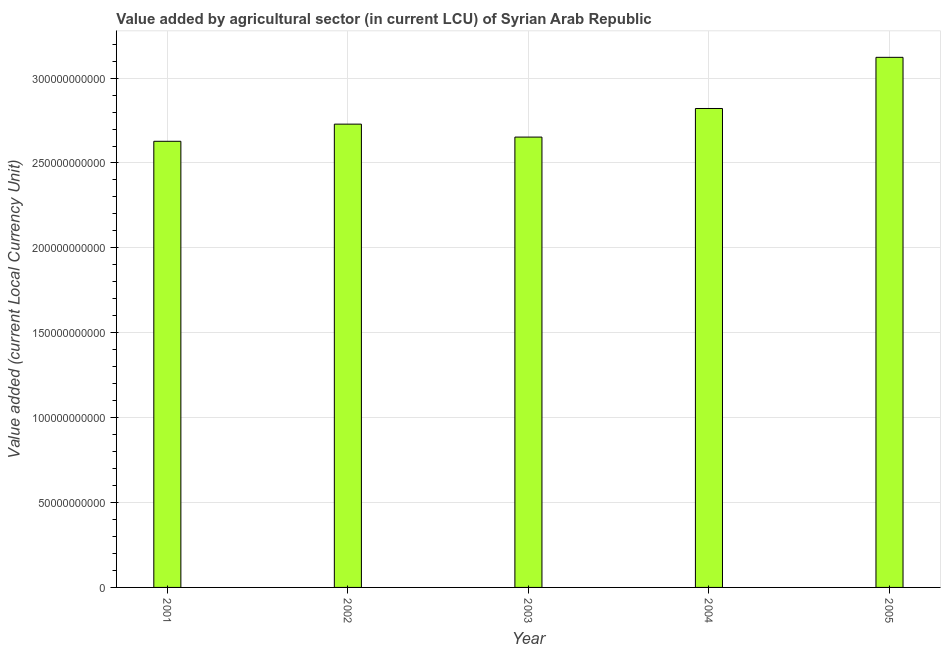
| Year | Agriculture |
 | --- | --- |
 | 2001 | 2.63e+11 |
 | 2002 | 2.73e+11 |
 | 2003 | 2.65e+11 |
 | 2004 | 2.82e+11 |
 | 2005 | 3.12e+11 |